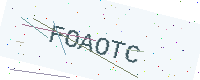
Text: FOAOTC